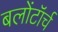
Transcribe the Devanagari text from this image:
बलोंटॉर्च